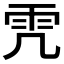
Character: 𩁸